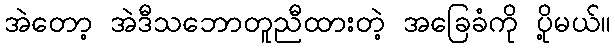
အဲတော့ အဲဒီသဘောတူညီထားတဲ့ အခြေခံကို ပို့မယ်။